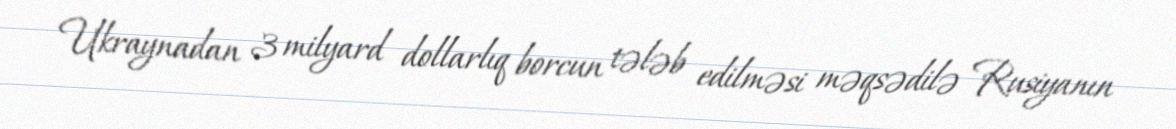
Ukraynadan 3 milyard dollarlıq borcun tələb edilməsi məqsədilə Rusiyanın